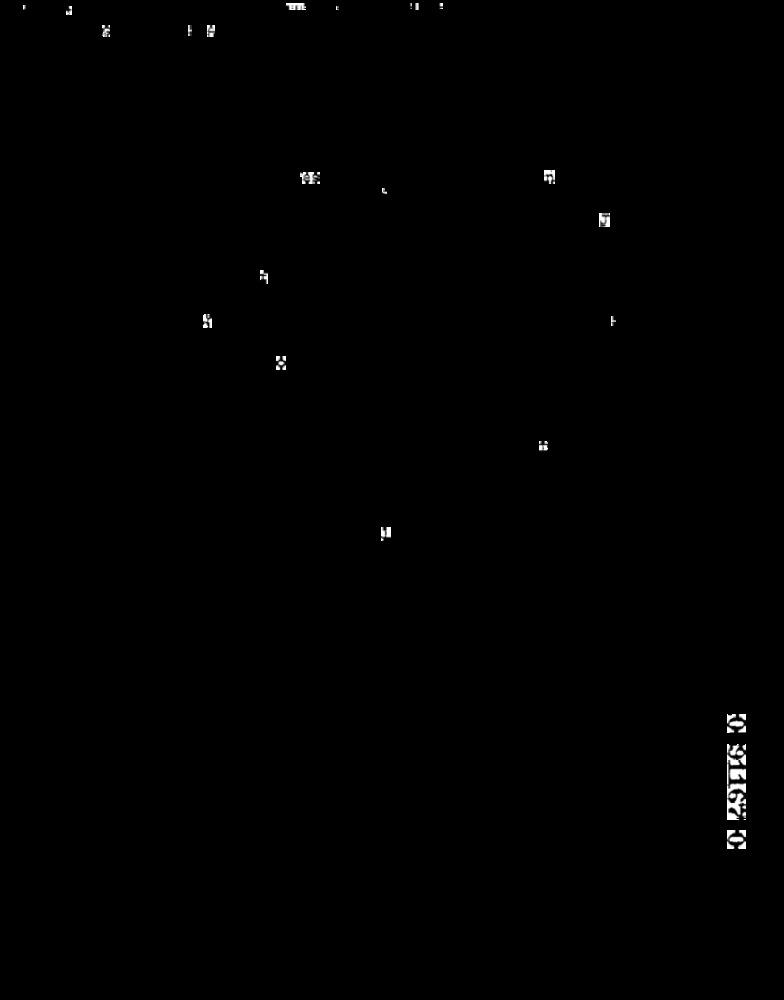
1 911670